Report on the cholera epidemic of
Year: 1868
Disease focus: Cholera
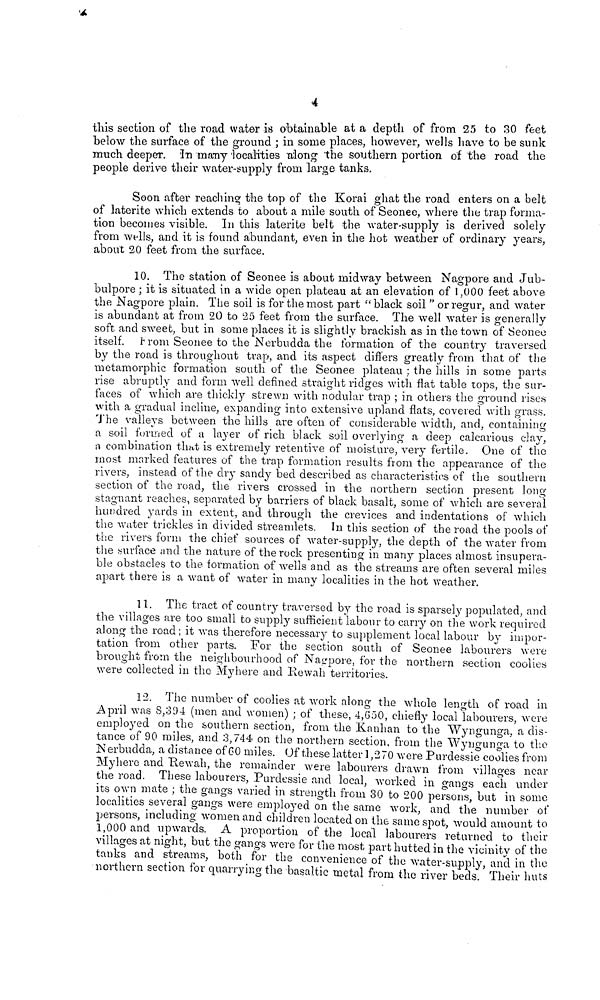
4
this section of the road water is obtainable at a depth of from 25 to 30 feet
below the surface of the ground ; in some places, however, wells have to be sunk
much deeper. in many localities along the southern portion of the road the
people derive their water-supply from large tanks.
Soon after reaching the top of the Korai ghat the road enters on a belt
of latente which extends to about a mile south of Seonee, where the trap forma-
tion becomes visible. In this latente belt the water-supply is derived solely
from wells, and it is found abundant, even in the hot weather of ordinary years,
about 20 feet from the surface.
10. The station of Seonee is about midway between Nagpore and Jub-
bulpore ; it is situated in a wide open plateau at an elevation of 1,000 feet above
the Nagpore plain. The soil is for the most part " black soil " or regur, and water
is abundant at from 20 to 25 feet from the surface. The well water is generally
soft and sweet, but in some places it is slightly brackish as in the town of Seonee
itself. From Seonee to the Nerbudda the formation of the country traversed
by the road is throughout trap, and its aspect differs greatly from that of the
metamorphic formation south of the Seonee plateau : the hills in some parts
rise abruptly and form well defined straight ridges with flat table tops, the sur-
faces of which are thickly strewn with nodular trap ; in others the ground rises
with a gradual incline, expanding into extensive upland flats, covered with grass.
The valleys between the hills are often of considerable width, and, containing
a soil formed of a layer of rich black soil overlying a deep calcarious clay,
a combination that is extremely retentive of moisture, very fertile. One of the
most marked features of the trap formation results nom the appearance of the
rivers, instead of the dry sandy bed described as characteristics of the southern
section of the road, the rivers crossed in the northern section present long
stagnant reaches, separated by barriers of black basalt, some of which are several
hundred yards in extent, and through the crevices and indentations of which
the water trickles in divided streamlets. In this section of the road the pools of
the rivers form the chief sources of water-supply, the depth of the water from
the surface and the nature of the rock presenting in many places almost insupera-
ble obstacles to the formation of wells and as the streams are often several miles
apart there is a want of water in many localities in the hot weather.
11. The tract of country traversed by the road is sparsely populated, and
the villages are too small to supply sufficient labour to carry on the work required
along the road; it was therefore necessary to supplement local labour by impor-
tation from other parts. For the section south of Seonee labourers were
brought from the neighbourhood of Naepore, for the northern section coolies
were collected in the Myhere and Rewah territories.
12. The number of coolies at work along the whole length of road in
April was 8,394 (men and women) ; of these, 4,650, chiefly local labourers, were
employed on the southern section, from the Kanhan to the Wyngunga, a dis-
tance of 90 miles, and 3,744 on the northern section, from the Wyugunga to the
Nerbudda, a distance of GO miles. Of these latter 1,270 were Purdessie coolies from
Myhere and Rewah, the remainder were labourers drawn from villages near
the road. These labourers, Purdessie and local, worked in gangs each under
its own mate ; the gangs varied in strength from 30 to 200 persons, but in some
localities several gangs were employed on the same work, and the number of
persons, including women and children located on the same spot, would amount to
1,000 and upwards. A proportion of the local labourers returned to their
villages at night, but the gangs were for the most part hutted in the vicinity of the
tanks and streams, both for the convenience of the water-supply and in the
northern section for quarrying the basaltic metal from the river beds Their huts